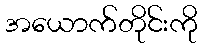
အယောက်တိုင်းကို